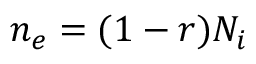
n _ { e } = ( 1 - r ) N _ { i }